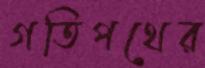
গতিপথের